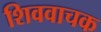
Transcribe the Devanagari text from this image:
शिववाचक